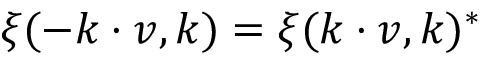
{ \xi ( - \boldsymbol { k \cdot v } , \boldsymbol { k } ) = \xi ( \boldsymbol { k \cdot v } , \boldsymbol { k } ) ^ { * } }